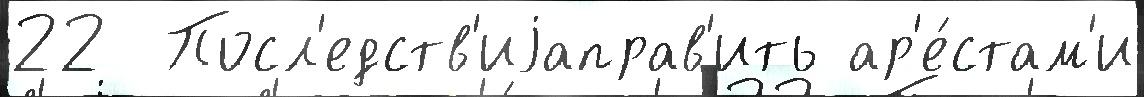
22  Посл'едств'иjаправ'ить ар'е́стам'и